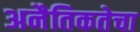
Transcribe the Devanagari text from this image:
अनैतिकतेचा